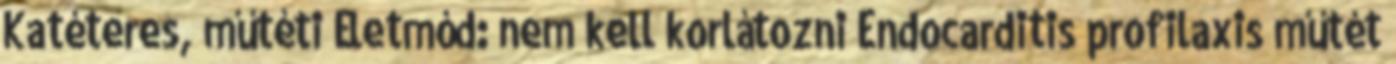
Katéteres, műtéti Életmód: nem kell korlátozni Endocarditis profilaxis műtét